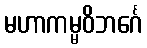
မဟာကမ္မဝိဘင်္ဂေ